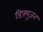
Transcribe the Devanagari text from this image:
डिफ़्यूज़न